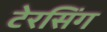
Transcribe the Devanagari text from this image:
टेरसिंग